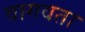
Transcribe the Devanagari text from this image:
वागवता